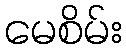
မေစိမ်း